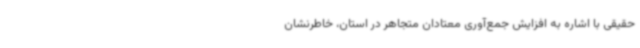
حقیقی با اشاره به افزایش جمع‌آوری معتادان متجاهر در استان، خاطرنشان